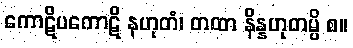
ကောဋိပကောဋိ နဟုတံ၊ တထာ နိန္နဟုတမ္ပိ စ။